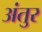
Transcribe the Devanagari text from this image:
अंतुर